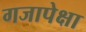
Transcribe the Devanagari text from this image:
गजापेक्षा